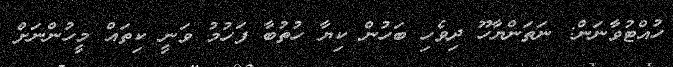
ހުއްޓުވާނަން: ނަތަންޔާހޫ ދިވެހި ބަހުން ކިޔާ ހުތުބާ ފަހުމު ވަނީ ކިތައް މީހުންނަށް